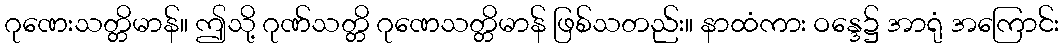
ဂုဏေးသတ္တိမာန်။ ဤသို့ ဂုဏ်သတ္တိ ဂုဏေသတ္တိမာန် ဖြစ်သတည်း။ နာထံကား ဝန္ဒေ၌ အာရုံ အကြောင်း